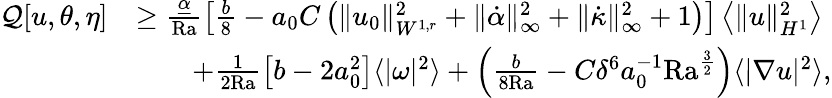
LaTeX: \begin{array}{rl}{\mathcal{Q}[u,\theta,\eta]}&{\geq\frac{\underline{{\alpha}}}{\mathrm{{Ra}}}\left[\frac{b}{8}-a_{0}C\left(\| u_{0}\| _{W^{1,r}}^{2}+\| \dot{\alpha}\| _{\infty}^{2}+\| \dot{\kappa}\| _{\infty}^{2}+1\right)\right]\left\langle\| u\| _{H^{1}}^{2}\right\rangle}\\ &{\qquad+\frac{1}{2{\mathrm{Ra}}}\left[b-2a_{0}^{2}\right]\langle|\omega|^{2}\rangle+\left(\frac{b}{8\mathrm{{Ra}}}-C\delta^{6}a_{0}^{-1}{\mathrm{Ra}}^{\frac{3}{2}}\right)\langle|\nabla u|^{2}\rangle,}\end{array}